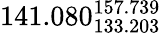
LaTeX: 141.080_{133.203}^{157.739}